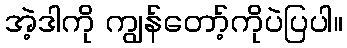
အဲ့ဒါကို ကျွန်တော့်ကိုပဲပြပါ။